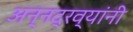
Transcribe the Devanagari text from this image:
अन्नद्रव्यांनी